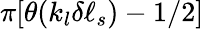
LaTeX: \pi[\theta(k_{l}\delta\ell_{s})-1/2]